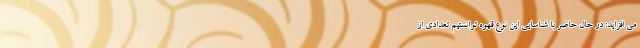
می افزاید: در حال حاضر با شناسایی این نوع قهوه توانستیم تعدادی از